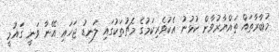
މުބާރާތައް ތައްޔާރުވާން ކުޅުނު އެކުވެރިކަމުގެ މެޗުތަކުގައި ލަނޑު ޖަހައި އޭނާ ވަނީ ގައުމީ